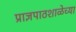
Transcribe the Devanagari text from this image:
प्राज्ञपाठशाळेच्या